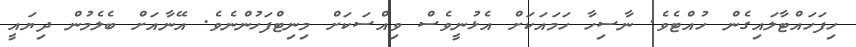
ހިފަހައްޓާލައިގެން ހުއްޓެވެ. ނާސިހާ ހަމައަކަށް އެޅުނީވެސް ވިއްސަކަށް މިނިޓްފަހުންނެވެ. އޭނާއަށް ބެލެމުން ދިޔައީ